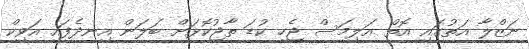
ނަޒްލާ އަތުގައި އޮތް އަލިމަސް ޖެހި ކުޑަ ތާޖުކޮޅަށް ބަލަން އިނދެފައި އަވިކް